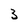
Character: 3